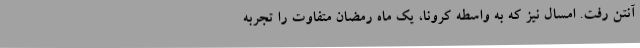
آنتن رفت. امسال نیز که به واسطه کرونا، یک ماه رمضان متفاوت را تجربه